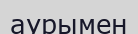
аурымен